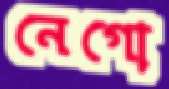
নেগো